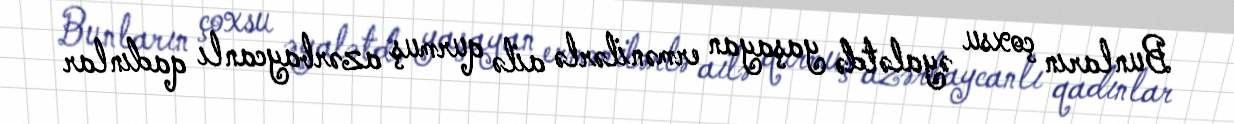
Bunların çoxsu əyalətdə yaşayan ermənilərlə ailə qurmuş azərbaycanlı qadınlar